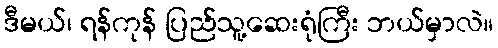
ဒီမယ်၊ ရန်ကုန် ပြည်သူ့ဆေးရုံကြီး ဘယ်မှာလဲ။